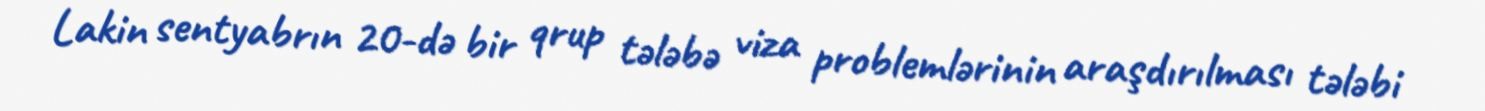
Lakin sentyabrın 20-də bir qrup tələbə viza problemlərinin araşdırılması tələbi